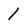
Character: 1